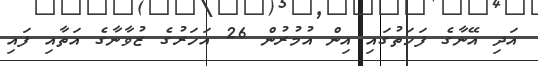
އަދި އޭނާގެ ފަހަތުގައި އިން އުމުރުން 26 އަހަރުގެ ޒުވާނާގެ އަތާއި ފައި